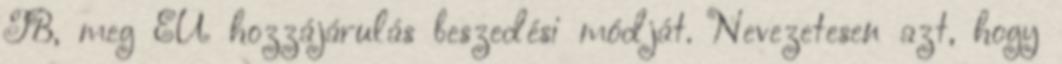
TB, meg EÜ hozzájárulás beszedési módját. Nevezetesen azt, hogy